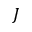
J